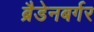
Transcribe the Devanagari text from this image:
ब्रैडेनबर्गर